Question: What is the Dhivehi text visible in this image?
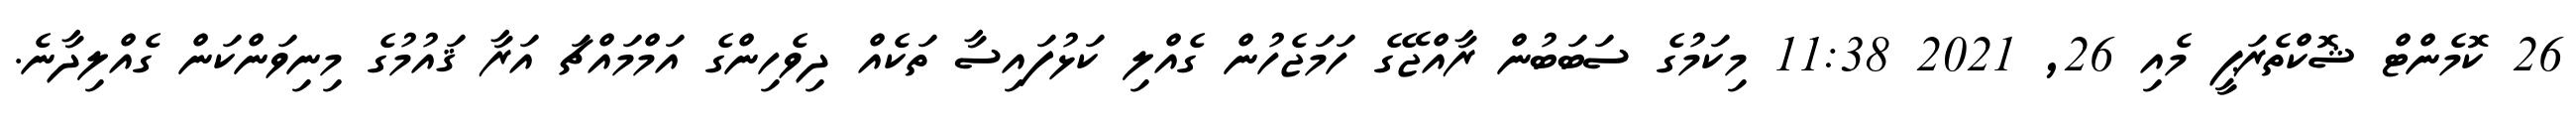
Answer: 26 ކޮމެންޓް ޝޮކްތެރަޕީ މެއި 26, 2021 11:38 މިކަމުގެ ސަބަބުން ރާއްޖޭގެ ހަމަޖެހުން ގެއްލި ކަޅުފައިސާ ތަކެއް ދިވެހިންގެ އަމްމައްޗަ އަރާ ޤައުމުގެ މިނިވަންކަން ގެއްލިދާނެ.